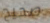
صحيح